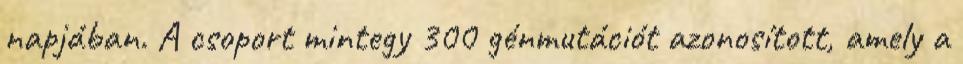
napjában. A csoport mintegy 300 génmutációt azonosított, amely a